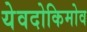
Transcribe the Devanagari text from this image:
येवदोकिमोव